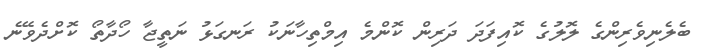
ބެލެނިވެރިންގެ ލޮލުގެ ކޮއިފަދަ ދަރިން ކޮންމެ އިމްތިހާނަކު ރަނގަޅު ނަތީޖާ ހޯދާތޯ ކޮށްދެވޭނެ